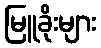
မြူခိုးများ